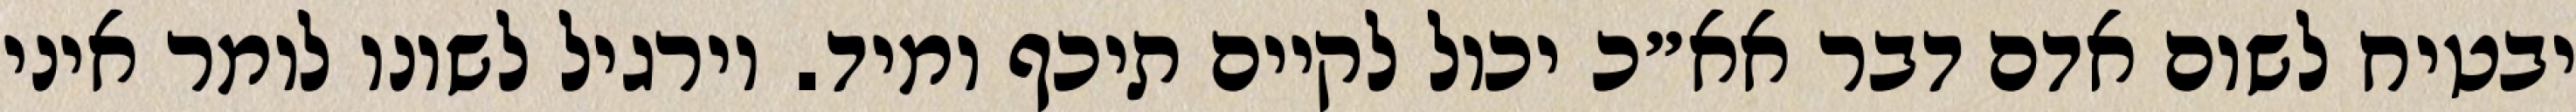
יבטיח לשום אדם דבר אא״כ יכול לקיים תיכף ומיד. וירגיל לשונו לומר איני